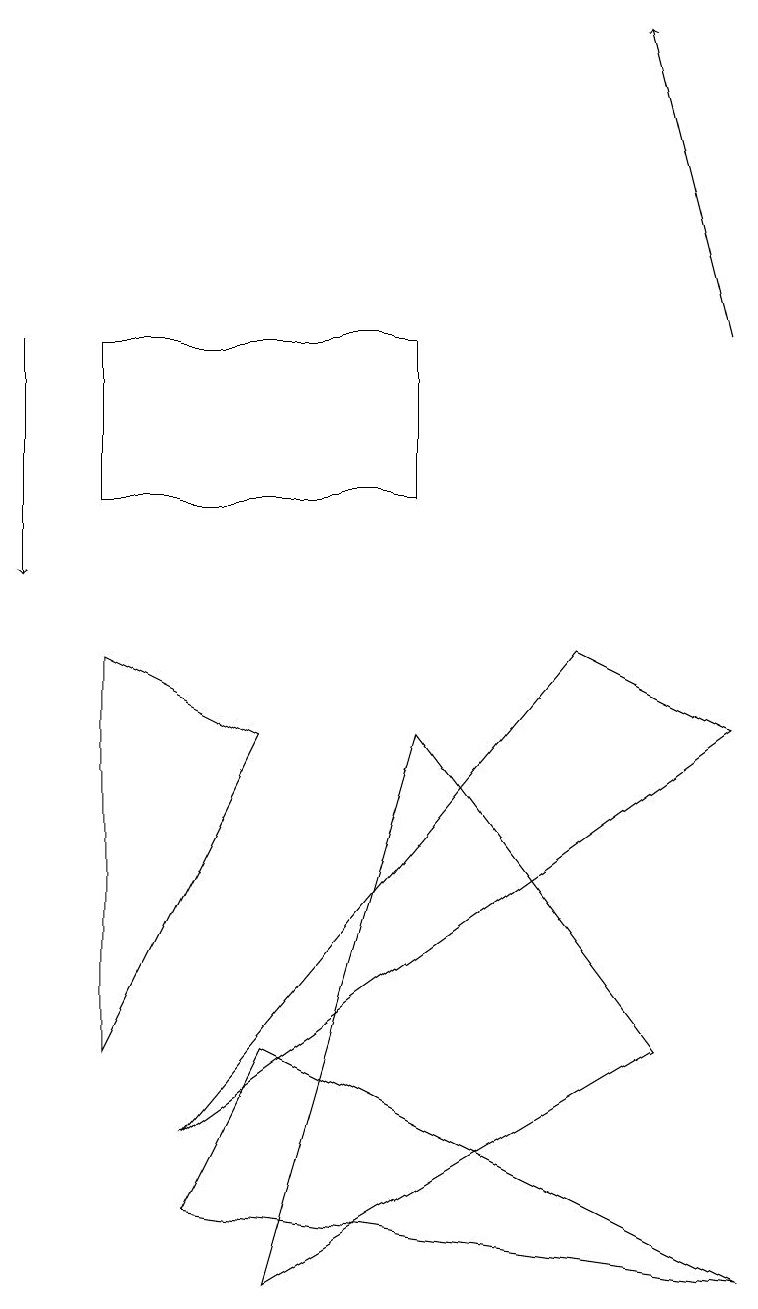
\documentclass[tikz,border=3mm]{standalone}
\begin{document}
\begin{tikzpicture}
\draw (1,13) rectangle (5,11);
\draw[->] (0,13) -- (0,10);
\draw (1,4) -- (3,8) -- (1,9) -- cycle;
\draw[->] (9,13) -- (8,17);
\draw (8,4) -- (3,1) -- (5,8) -- cycle;
\draw (9,1) -- (2,2) -- (3,4) -- cycle;
\draw (9,8) -- (7,9) -- (2,3) -- cycle;
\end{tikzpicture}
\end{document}